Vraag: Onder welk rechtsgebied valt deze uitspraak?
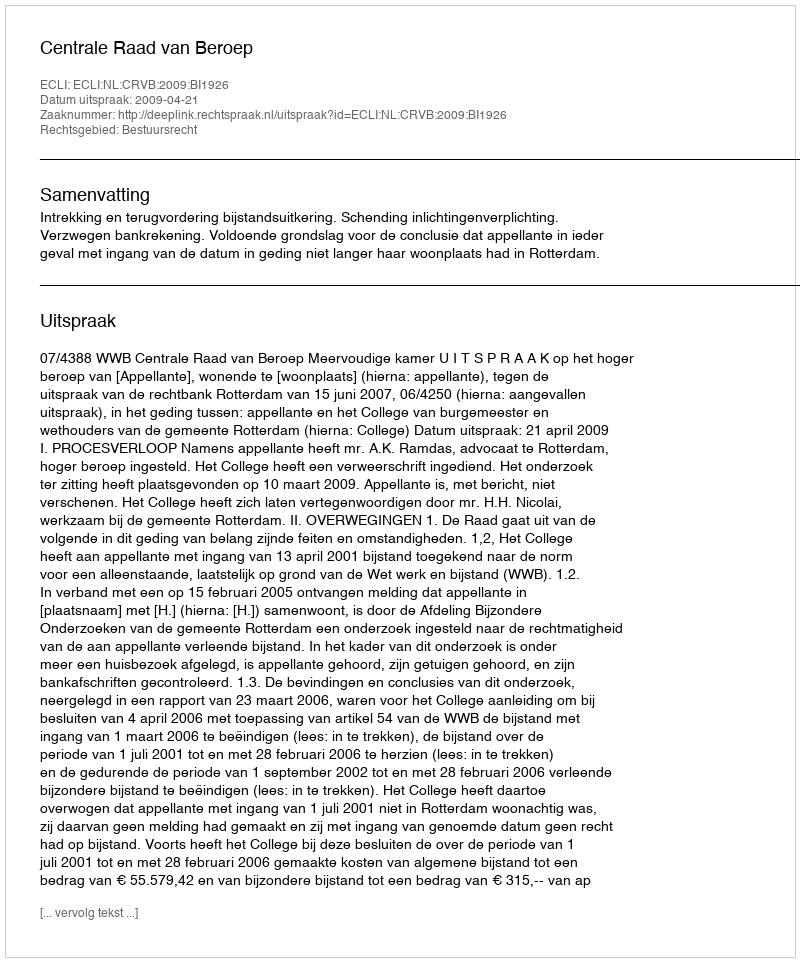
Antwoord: Bestuursrecht